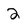
Character: 2